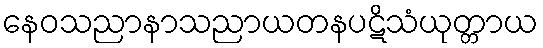
နေဝသညာနာသညာယတနပဋိသံယုတ္တာယ